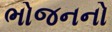
ભોજનનો